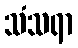
သံသရာ